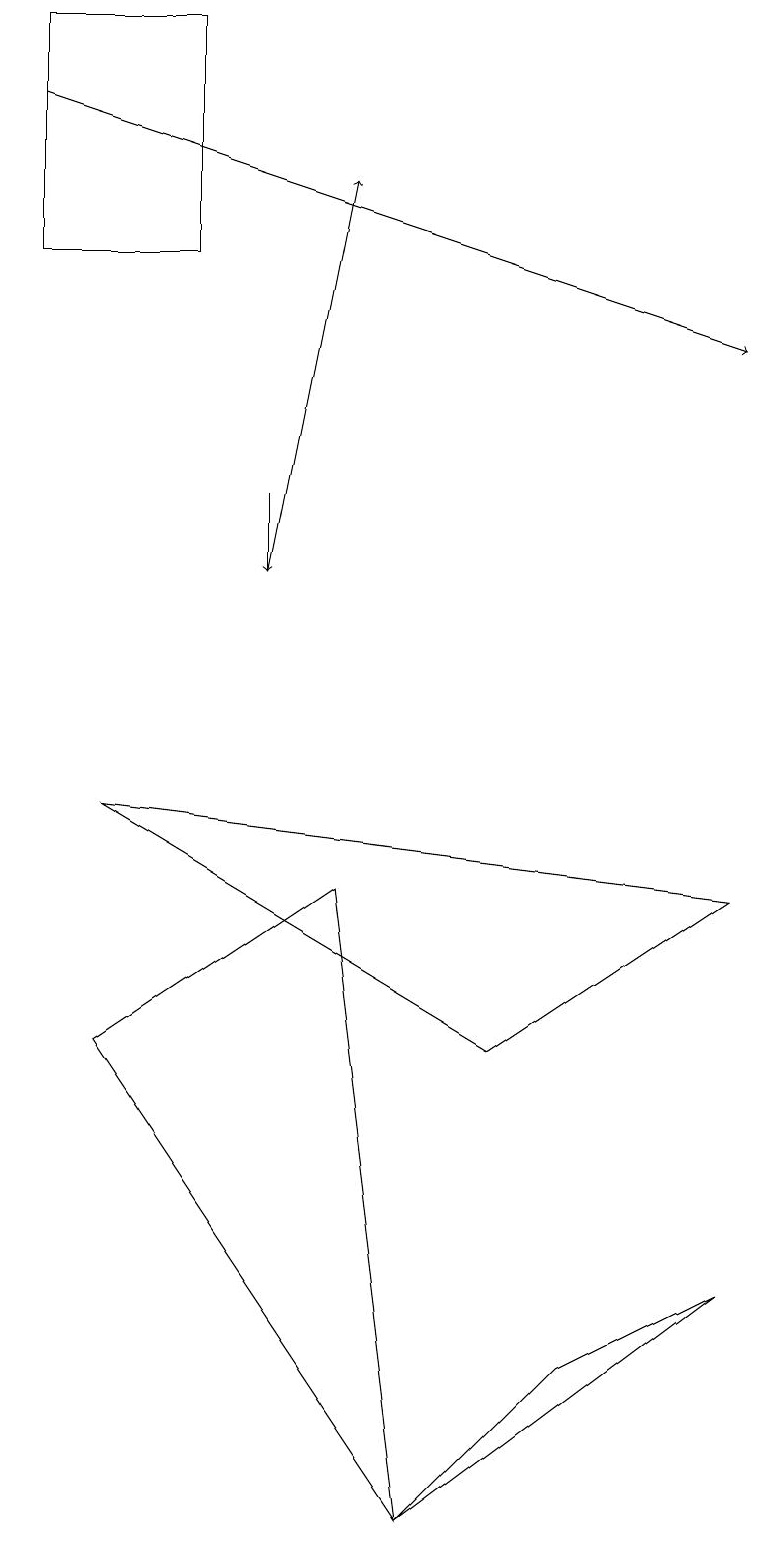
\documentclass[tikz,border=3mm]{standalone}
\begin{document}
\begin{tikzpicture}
\draw (5,0) -- (9,3) -- (7,2) -- cycle;
\draw (6,6) -- (9,8) -- (1,9) -- cycle;
\draw (5,0) -- (1,6) -- (4,8) -- cycle;
\draw[->] (0,18) -- (9,15);
\draw (0,19) rectangle (2,16);
\draw[->] (3,13) -- (3,12);
\draw[->] (3,12) -- (4,17);
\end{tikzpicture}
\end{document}